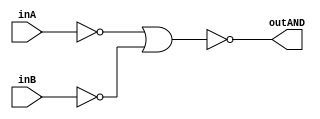
/* CSED273 lab1 experiment 2_i */
/* lab1_2_i.v */


/* Implement AND with {OR, NOT}
 * You are only allowed to wire modules together */
module lab1_2_i(outAND, inA, inB);
    output wire outAND;
    input wire inA, inB;

    ////////////////////////
    /* Add your code here */
    wire A,B,C;
    not(A,inA);
    not(B,inB);
    or(C,A,B);
    not(outAND,C);
    ////////////////////////

endmodule